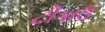
ટીકાઉ